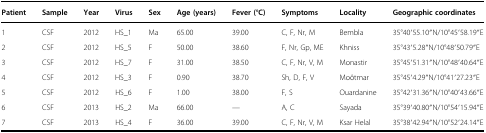
| Patient | Sample | Year | Virus | Sex | Age (years) | Fever (°C) | Symptoms | Locality | Geographic coordinates |
 | --- | --- | --- | --- | --- | --- | --- | --- | --- | --- |
 | 1 | CSF | 2012 | HS_1 | Ma | 65.00 | 39.00 | C, F, Nr, M | Bembla | 35°40′55.10′′N/10°45′58.19′′E |
 | 2 | CSF | 2012 | HS_5 | F | 50.00 | 38.60 | F, Nr, Gp, ME | Khniss | 35°43′5.28′′N/10°48′50.79′′E |
 | 3 | CSF | 2012 | HS_7 | F | 31.00 | 38.50 | C, F, Nr, V, M | Monastir | 35°45′51.31′′N/10°48′40.64′′E |
 | 4 | CSF | 2012 | HS_3 | F | 0.90 | 38.70 | Sh, D, F, V | Moôtmar | 35°45′4.29′′N/10°41′27.23′′E |
 | 5 | CSF | 2012 | HS_6 | F | 1.00 | 38.00 | F, S | Ouardanine | 35°42′31.36′′N/10°40′43.66′′E |
 | 6 | CSF | 2013 | HS_2 | Ma | 66.00 | — | A, C | Sayada | 35°39′40.80′′N/10°54′15.94′′E |
 | 7 | CSF | 2013 | HS_4 | F | 36.00 | 39.00 | C, F, Nr, V, M | Ksar Helal | 35°38′42.94′′N/10°52′24.14′′E |